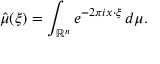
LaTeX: { \hat { \mu } } ( \xi ) = \int _ { \mathbb { R } ^ { n } } e ^ { - 2 \pi i x \cdot \xi } \, d \mu .